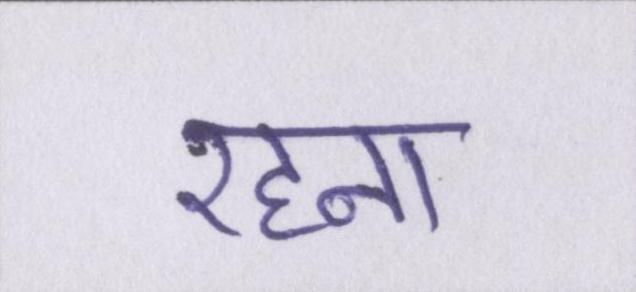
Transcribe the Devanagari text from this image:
रहना